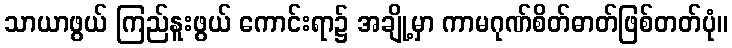
သာယာဖွယ် ကြည်နူးဖွယ် ကောင်းရာ၌ အချို့မှာ ကာမဂုဏ်စိတ်ဓာတ်ဖြစ်တတ်ပုံ။